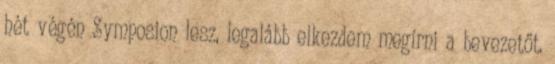
hét végén Symposion lesz, legalább elkezdem megírni a bevezetőt.